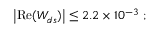
\left| \mathrm { R e } ( W _ { d s } ) \right| \leq 2 . 2 \times 1 0 ^ { - 3 } ~ ;